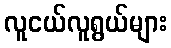
လူငယ်လူရွယ်များ